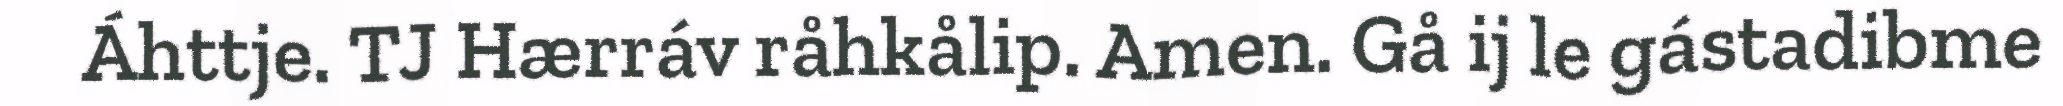
Áhttje. TJ Hærráv råhkålip. Amen. Gå ij le gástadibme